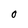
Character: O